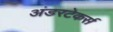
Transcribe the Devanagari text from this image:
अंडरटेकर्स